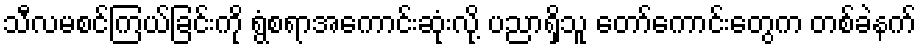
သီလမစင်ကြယ်ခြင်းကို ရွံစရာအကောင်းဆုံးလို့ ပညာရှိသူ တော်ကောင်းတွေက တစ်ခဲနက်